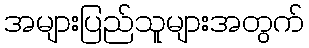
အများပြည်သူများအတွက်